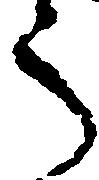
う